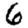
Digit: 6